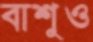
বাশুও